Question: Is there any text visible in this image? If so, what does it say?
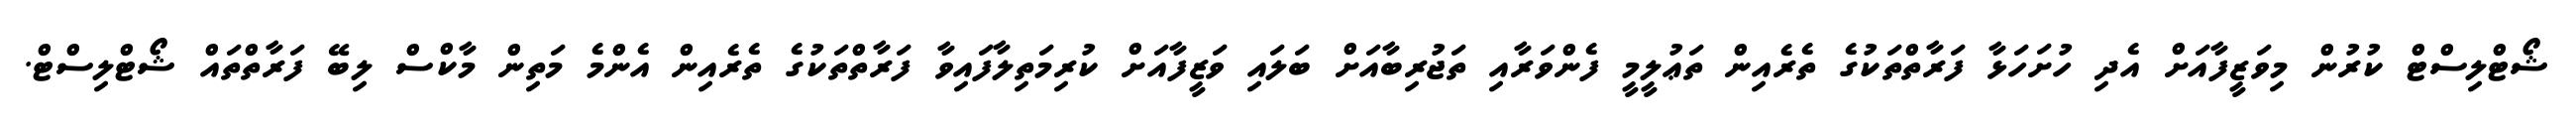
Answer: ޝޯޓްލިސްޓް ކުރުން މިވަޒީފާއަށް އެދި ހުށަހަޅާ ފަރާތްތަކުގެ ތެރެއިން ތަޢުލީމީ ފެންވަރާއި ތަޖުރިބާއަށް ބަލައި ވަޒީފާއަށް ކުރިމަތިލާފައިވާ ފަރާތްތަކުގެ ތެރެއިން އެންމެ މަތިން މާކްސް ލިބޭ ފަރާތްތައް ޝޯޓްލިސްޓް.